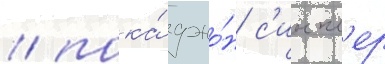
/ пока́ джо́н с'инкл'ер